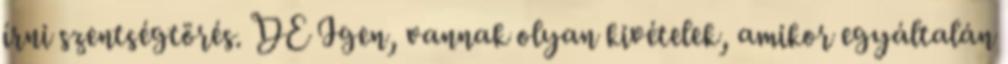
írni szentségtörés. DE Igen, vannak olyan kivételek, amikor egyáltalán